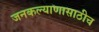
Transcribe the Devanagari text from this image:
जनकल्याणासाठीच